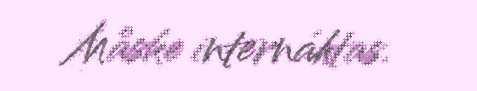
Måske internáhtas.